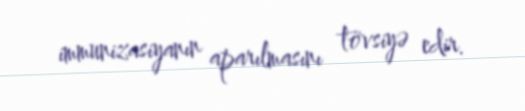
immunizasiyanın aparılmasını tövsiyə edir.